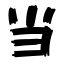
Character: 当